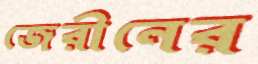
জেরীনের